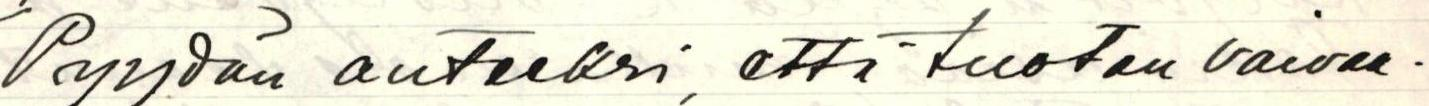
Pyydän anteeksi, että tuotan vaivaa.